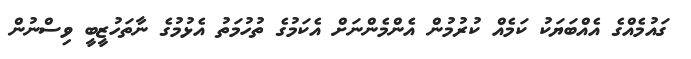
ގައުމެއްގެ އެއްބަޔަކު ކަމެއް ކުރުމުން އެންމެންނަށް އެކަމުގެ ތުހުމަތު އެޅުމުގެ ނާތަހުޒީބީ ވިސްނުން